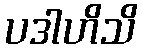
ပဒါဟိသိ